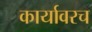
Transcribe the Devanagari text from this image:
कार्यावरच